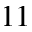
1 1